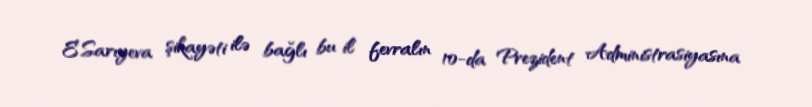
E.Sarıyeva şikayəti ilə bağlı bu il fevralın 10-da Prezident Administrasiyasına